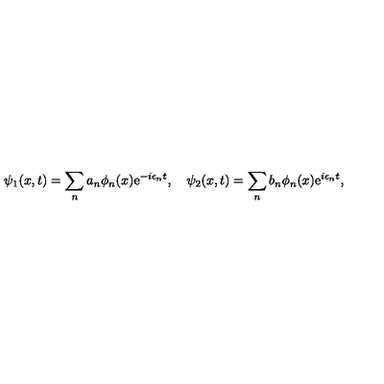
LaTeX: \psi _ { 1 } ( x , t ) = \sum _ { n } a _ { n } \phi _ { n } ( x ) \mathrm { e } ^ { - i \epsilon _ { n } t } , \quad \psi _ { 2 } ( x , t ) = \sum _ { n } b _ { n } \phi _ { n } ( x ) \mathrm { e } ^ { i \epsilon _ { n } t } ,